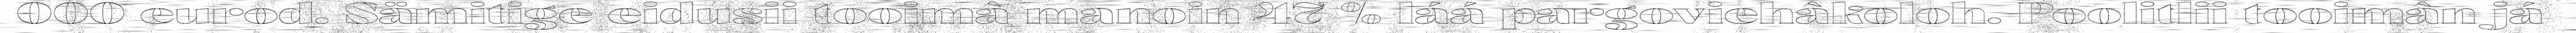
000 eurod. Sämitige eidusii tooimâ manoin 47 % láá pargoviehâkoloh. Poolitlii tooimân já